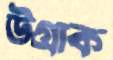
উগ্‌রাক